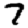
Digit: 7